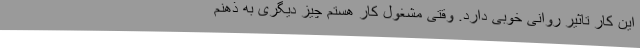
این کار تاثیر روانی خوبی دارد. وقتی مشغول کار هستم چیز دیگری به ذهنم